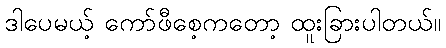
ဒါပေမယ့် ကော်ဖီစေ့ကတော့ ထူးခြားပါတယ်။